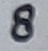
Text: 8